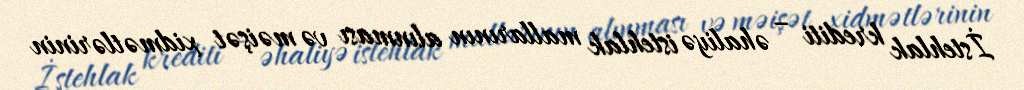
İstehlak krediti – əhaliyə istehlak mallarının alınması və məişət xidmətlərinin